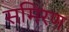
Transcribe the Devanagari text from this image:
समिरण